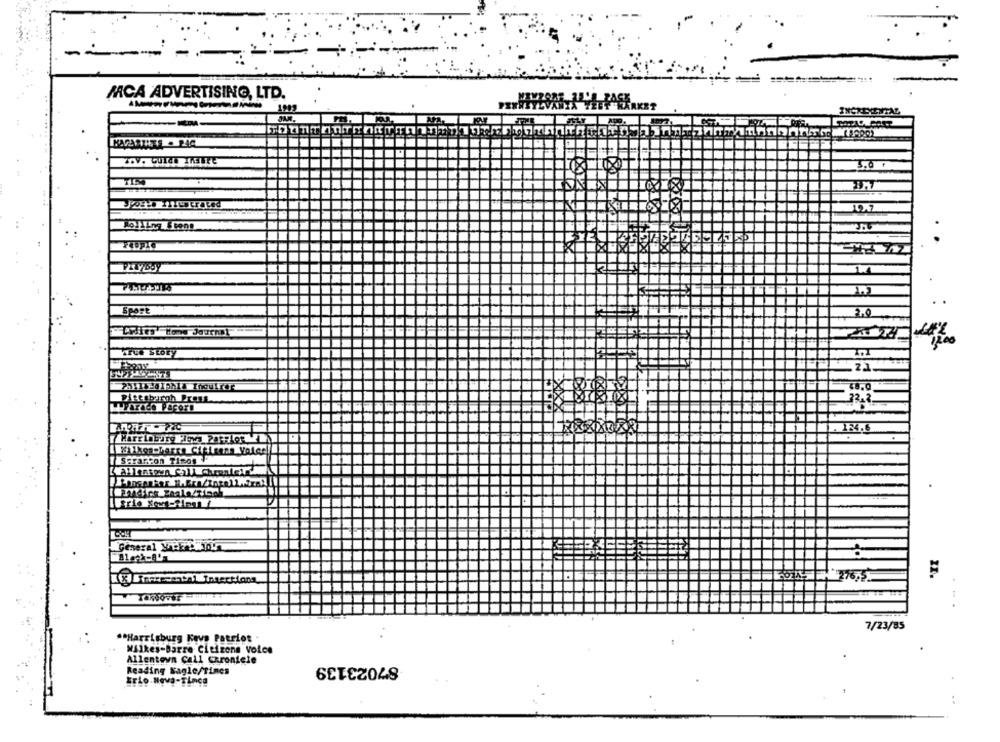
MCA ADVERTISING, LTD.
2.0
CHIestos Jourml
ParAce PacorD
134.6
Y Strarcon Tinos
General yWTym
CO
7/23/85
"Harrisburg Kevs Patriot
Walkes-Barre Citizens Voice
Allentown Call Chroniele
87023139
Reading Nagle/Tines
Erlo.Neva-Tinca